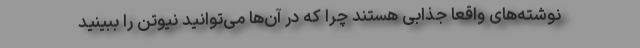
نوشته‌های واقعا جذابی هستند چرا که در آن‌ها می‌توانید نیوتن را ببینید